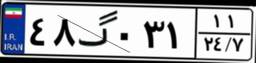
۴۸گ۰۳۱۱۱